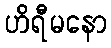
ဟိရီမနော